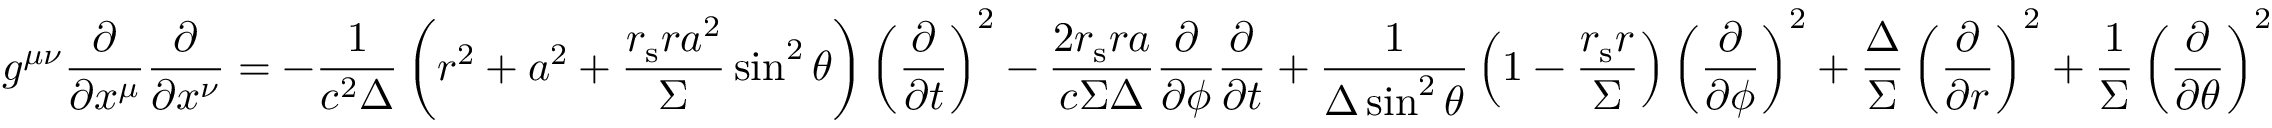
g ^ { \mu \nu } { \frac { \partial } { \partial x ^ { \mu } } } { \frac { \partial } { \partial x ^ { \nu } } } = - { \frac { 1 } { c ^ { 2 } \Delta } } \left( r ^ { 2 } + a ^ { 2 } + { \frac { r _ { \mathrm { s } } r a ^ { 2 } } { \Sigma } } \sin ^ { 2 } \theta \right) \left( { \frac { \partial } { \partial t } } \right) ^ { 2 } - { \frac { 2 r _ { \mathrm { s } } r a } { c \Sigma \Delta } } { \frac { \partial } { \partial \phi } } { \frac { \partial } { \partial { t } } } + { \frac { 1 } { \Delta \sin ^ { 2 } \theta } } \left( 1 - { \frac { r _ { \mathrm { s } } r } { \Sigma } } \right) \left( { \frac { \partial } { \partial \phi } } \right) ^ { 2 } + { \frac { \Delta } { \Sigma } } \left( { \frac { \partial } { \partial r } } \right) ^ { 2 } + { \frac { 1 } { \Sigma } } \left( { \frac { \partial } { \partial \theta } } \right) ^ { 2 }